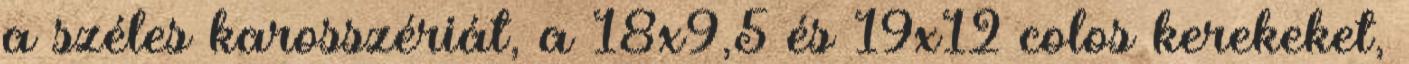
a széles karosszériát, a 18x9,5 és 19x12 colos kerekeket,